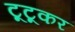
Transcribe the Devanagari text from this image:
टूटूकर